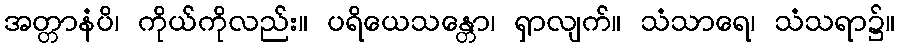
အတ္တာနံပိ၊ ကိုယ်ကိုလည်း။ ပရိယေသန္တော၊ ရှာလျက်။ သံသာရေ၊ သံသရာ၌။